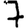
Digit: 7